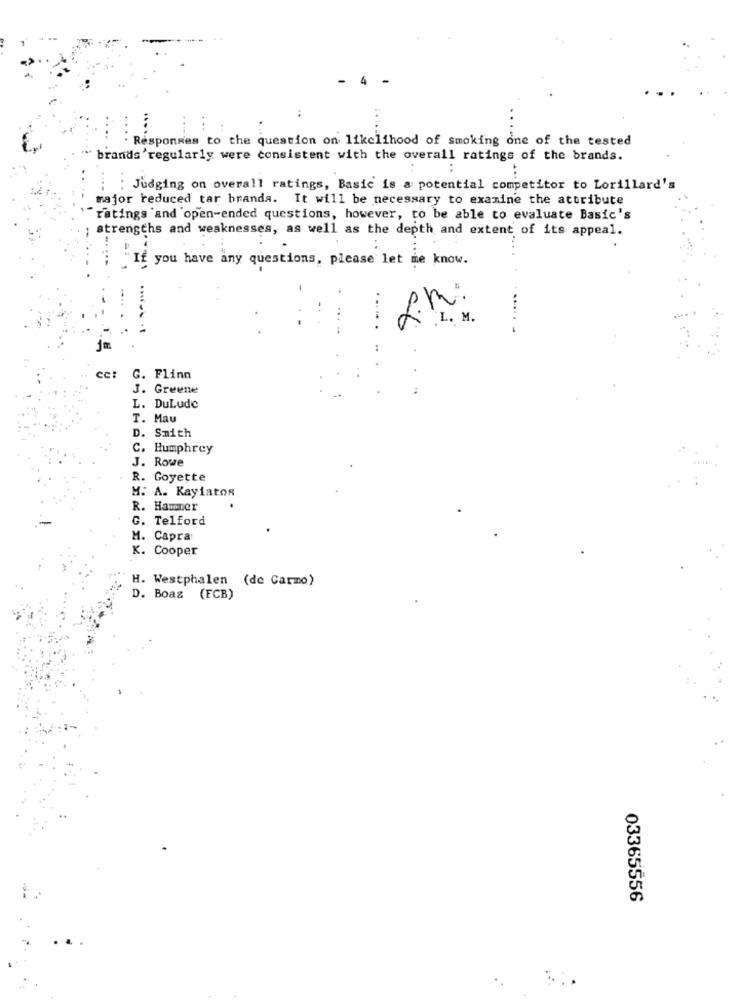
4
. Responses to the question on likelihood of smoking one of the tested
....
brands 'regularly were consistent with the overall ratings of the brands.
Judging on overall ratings, Basic is a potential competitor to Lorillard's
major reduced tar branda. It will be necessary to examine the attribute
ratings 'and 'open-ended questions, however, to be able to evaluate Basic's
strengths and weaknesses, as well as the depth and extent of its appeal.
If you have any questions, please let me know.
..
L. M .
cc:
G. Flinn
J. Greene
L. DuLude
T. Mau
D. Smith
C. Humphrey
J. Rowe
R.
Goyette
M. A. Kaylatos
R. Hamner
G. Telford
M. Capra
K. Cooper
H. Westphalen (de Carmo)
D. Boas (ECB)
03365556